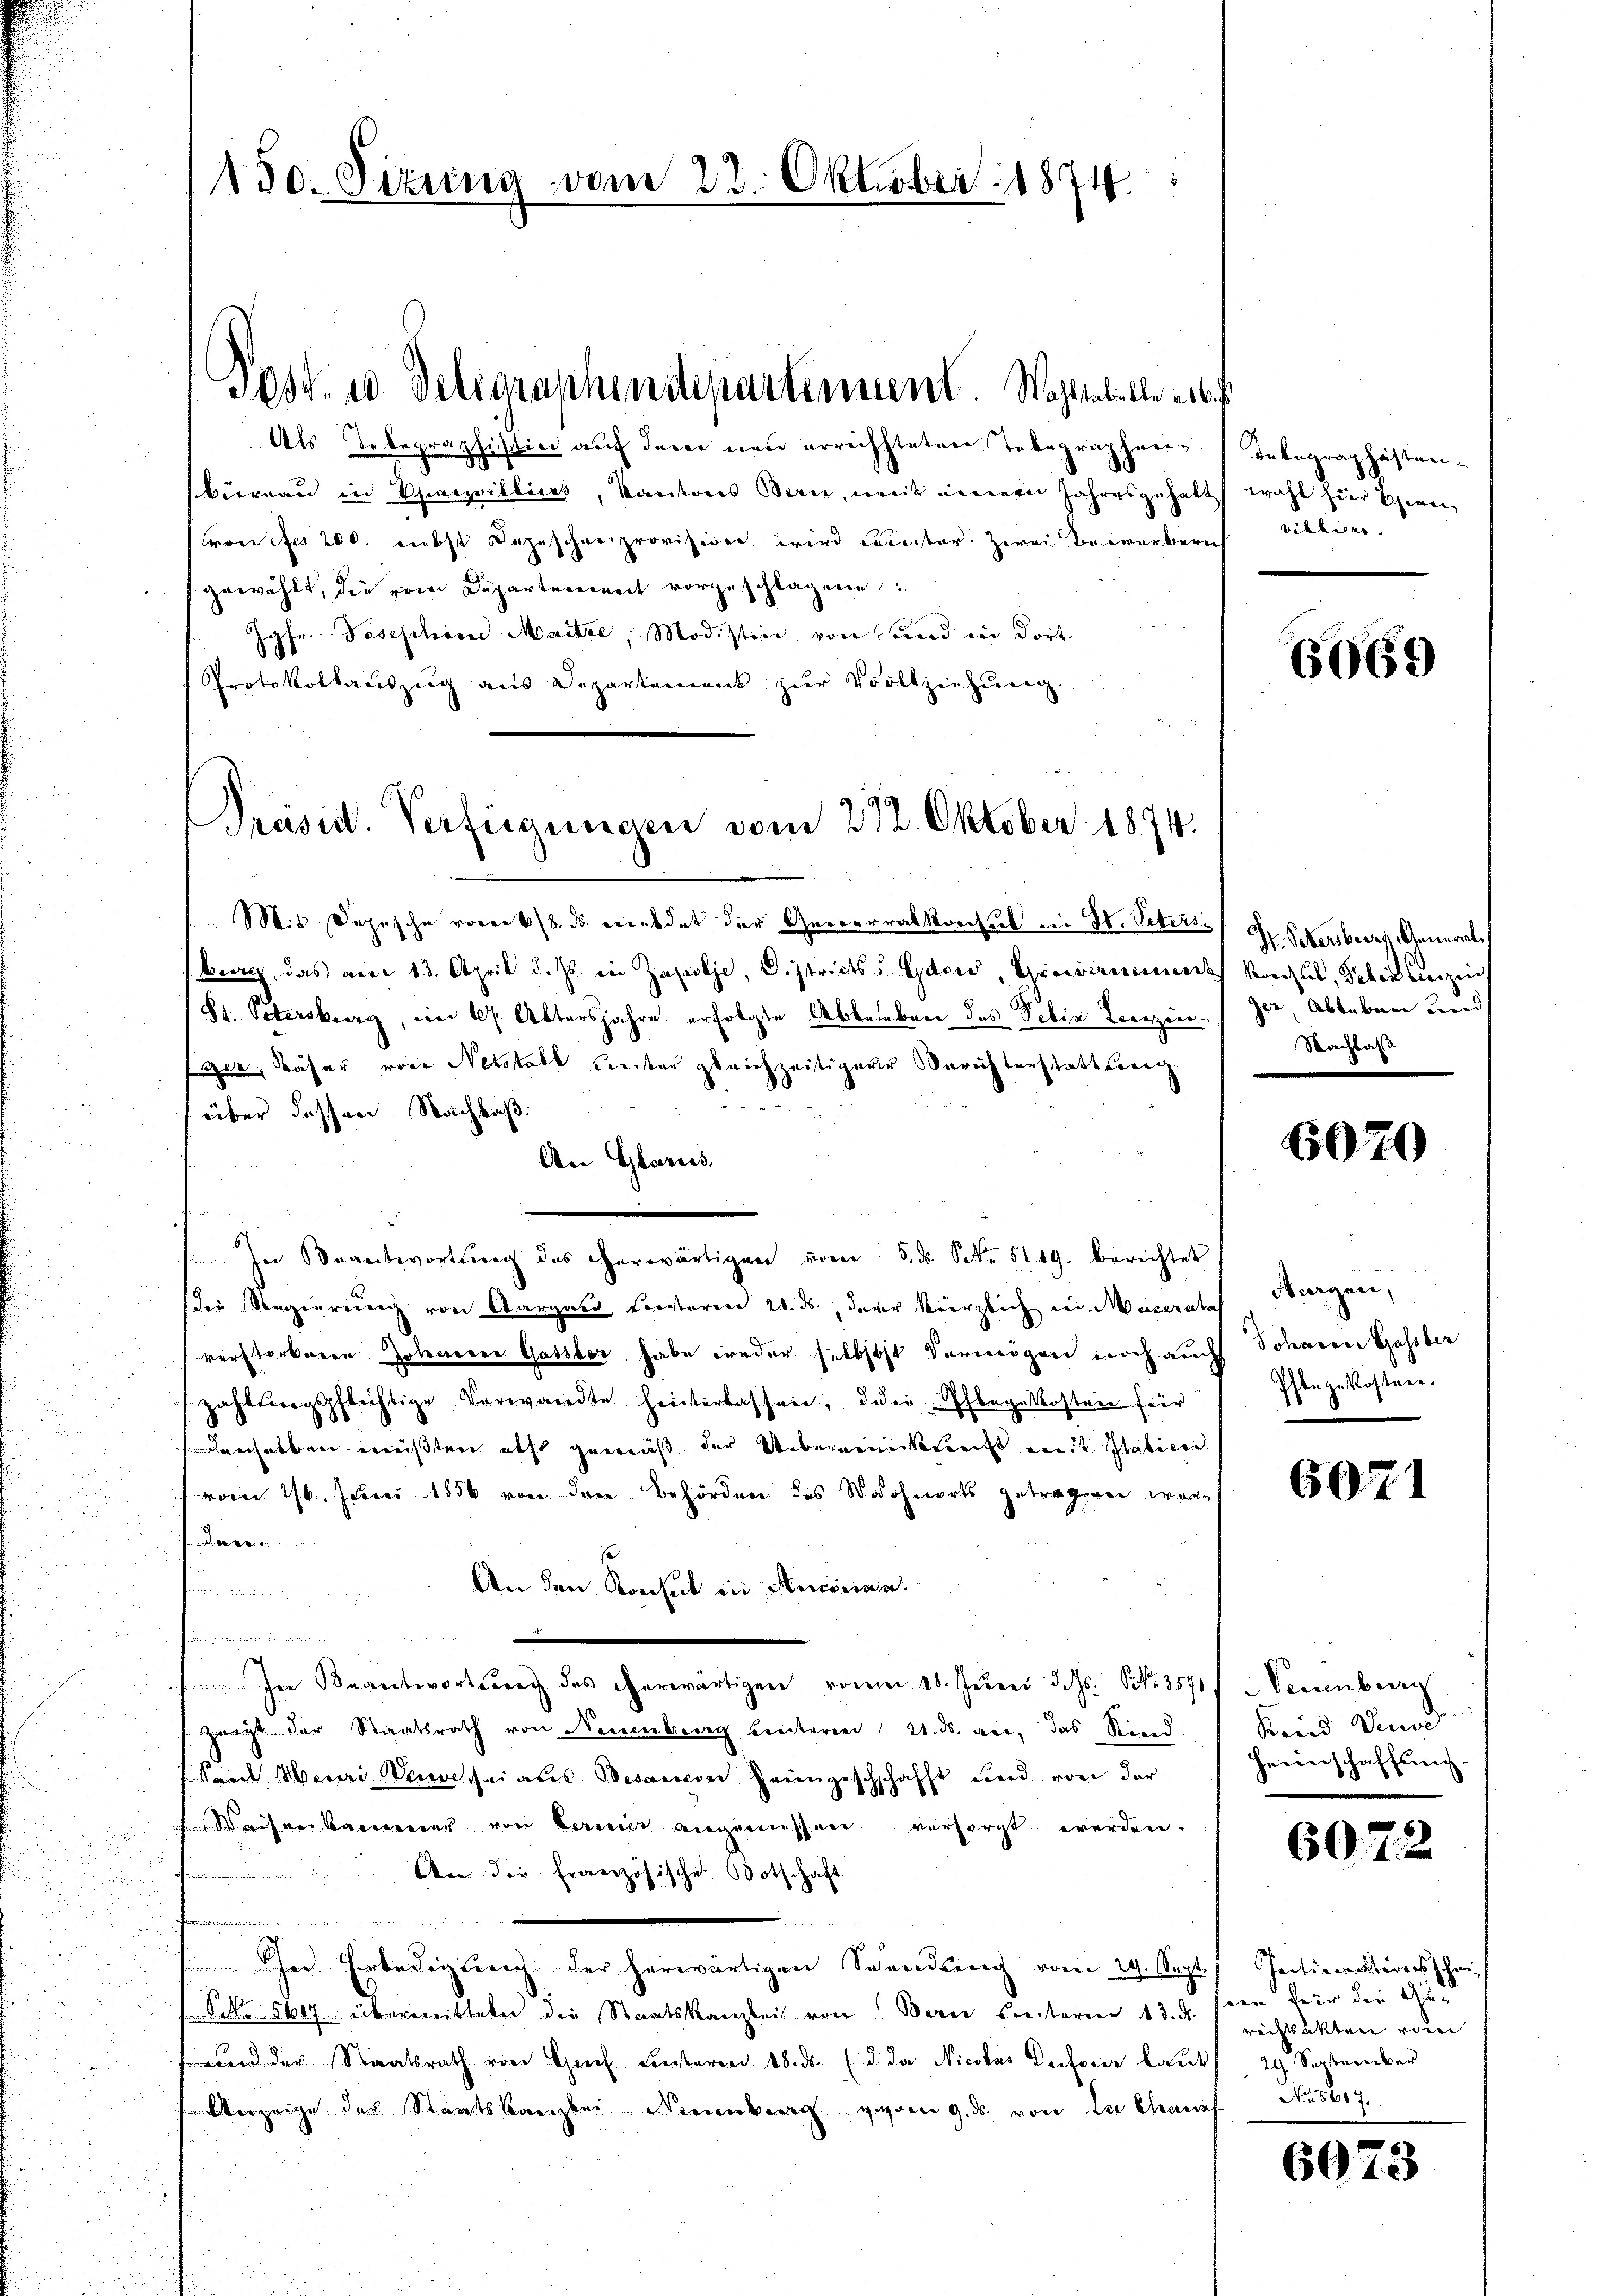
150. Sizung vom 22. Oktober 1874

Als Telegraphistin auf dem neu errechteten Telegraphenen Telegraphästenbüreau in Spanillices, Kantons Bern, mit einern Jahresgehalt wohl für Ehren
von des 200. nebst dazuschreiprovision wird ereiter: Zwei Bewerberes billiers.
gewählt, die vom Departeriet vorgeschlagene
Jgfr. Josephine Maitze, Modistin von und in dort.
Protokollauszeig aus Departement zŭr Vollziehung.

Sost. 10. Delegraphendepartement. Wahlsabille er bef

Preisid. Verfügungen vom 27. Oktober 1874.

Mit Depesche vom 6. ds. veredet der Generalkonsul in H. Vateriss. Dr. Petersberes, Generalburch das am 13. April d. Js. in Zapolje, Districts u Gden, Gouvernement Konsul, Peter einzin
(St. Peterskrerg, am 17. Altersjahre erfolgte Ableiben des Seben Verzei
ee Näher von Nebstall Kreiter gleichzeitigen Berichterstatteig
d
über dessen Nachbaß:
An Glarus.
In Beantwortung des Herwärtigen vom 5. d. S. 5119. berichtet
die Regierung von Aargaus Freiteren 21. ds., der kürzlich in Materate
verstorberen. Zotenerer Gattbar habe weder selbst Vermögen noch auch
zahlungspflichtige Verwandte heinterlassen, die Pflegekosten für
verselben müßten elf gemäß der Uebereinkunft mit Stabilen
vom 16. Juni 1856 von den Behörden des Wohnorts getragenen wer¬
.
An den Konsul in Ancina.
n
In Beantwortung des erwärtigen vom 18. Juni d. d. S. 357
Zeigt der Staatsrath von Neuenburg hinteren 21. ds. an, das Rind
Samt Merain sei aus Botanien Heimgeschschafft und von der
Waisenkammer von bereier angemessen versorgt werden.
wer der Französische Botschaft.

er Erledigung der herwärtigen Schneiderich vom 29. Sept.
Pct. 5647 übermitteter die Staatskanzlei von Bern beiteren 13. d.
und der Staatsrath von Gich Liesteren 18. ds. (d. da Nicolas Defeier laut
berzeige der Staatskanzlei Neuenburg gegen 9. ds. von der Chanis

6069

ger, Ableben wird
Nachlas

6070

Nirgen,
Sohanen Gassber
Pflegekostere.

6071

Vennbar
Kind und
Heimschaffung.

6072

Initiversternsthei
seen für die Gut
rechtsakten vom
29. Seitererber
A 5617.

6073